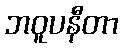
ဘဝူပနီတာ